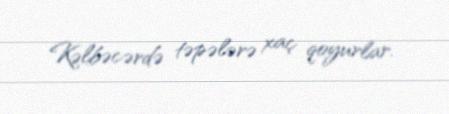
Kəlbəcərdə təpələrə xaç qoyurlar.